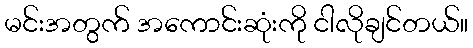
မင်းအတွက် အကောင်းဆုံးကို ငါလိုချင်တယ်။